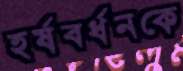
হর্ষবর্ধনকে